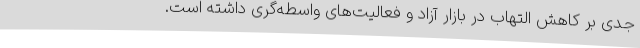
جدی بر کاهش التهاب در بازار آزاد و فعالیت‌های واسطه‌گری داشته است.